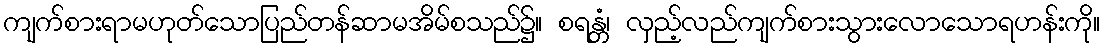
ကျက်စားရာမဟုတ်သောပြည်တန်ဆာမအိမ်စသည်၌။ စရန္တံ၊ လှည့်လည်ကျက်စားသွားလောသောရဟန်းကို။